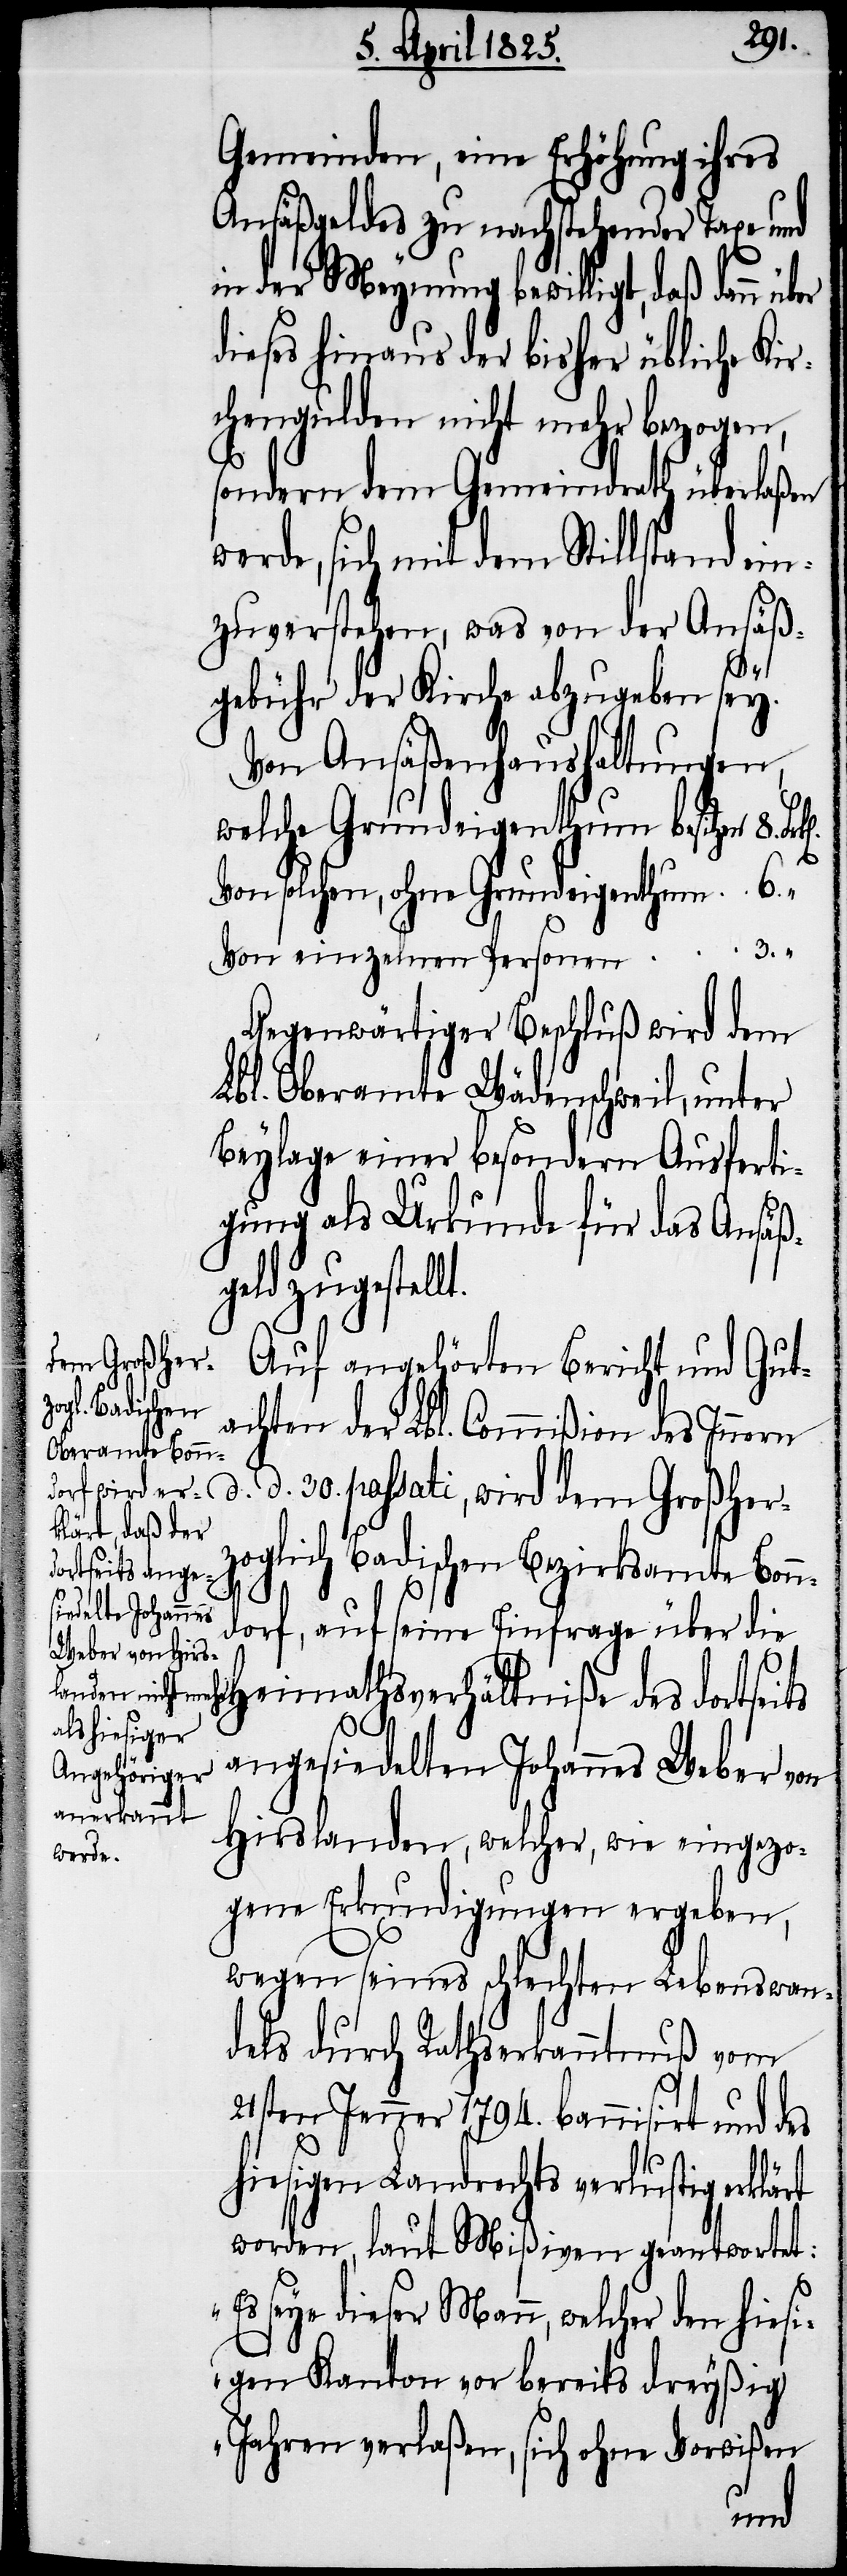
Gemeinden, eine Erhöhung ihres
Ansäßgeldes zu nachstehender Taxe und
in der Meynung bewilligt, daß dann
dieses hinaus der bisher übliche Kir¬
chengulden nicht mehr bezogen,
sondern dem Gemeindrath überlaßen
werde, sich mit dem Stillstand ein¬
zuverstehen, was von der Ansäß¬
gebühr der Kirche abzugeben sey.
Von Ansäßenhaushaltungen,
welche Grundeigenthum besitzen 8.
t.
Von solchen, ohne Grundeigenthum 6.
Von einzelnen Personen 3. „
Gegenwärtiger Beschluß wird dem
Lbl. Oberamte Wädenschweil, unter
Beylage einer besondern Ausferti¬
gung als Urkunde für das Ansäß¬
geld zugestell¬
Auf angehörten Bericht und Gut¬
achten der Lbl. Commißion des Innern
d. d. 30. passati, wird dem Großher¬
zoglich Badischen Bezirksamte Bonn¬
dorf, auf seine Einfrage über die
Heimathsverhältniße des dortseits
angesiedelten Johannes Weber von
Hirslanden, welcher, wie eingezo¬
gene Erkundigungen ergeben,
wegen seines schlechten Lebenswan¬
dels durch Rathserkanntnuß vom
21sten Jenner 1794. bannisirt und des
hiesigen Landrechts verlustig erklärt
worden, laut Mißiven geantwortet:
seye dieser Mann, welcher den hiesi¬
gen Kanton vor bereits dreyßig
Jahren verlaßen, sich ohne Vorwißen